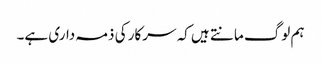
ہم لوگ مانتے ہیں کہ سرکار کی ذمہ داری ہے۔